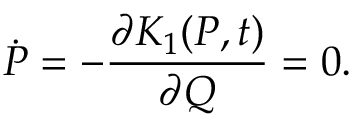
\dot { P } = - \frac { \partial K _ { 1 } ( P , t ) } { \partial Q } = 0 .